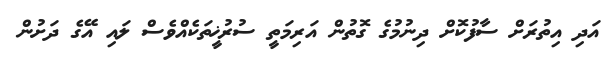
އަދި އިތުރަށް ސާފުކޮށް ދިނުމުގެ ގޮތުން އަރިމަތީ ސުރުޚީތަކެއްވެސް ލައި އޭގެ ދަށުން